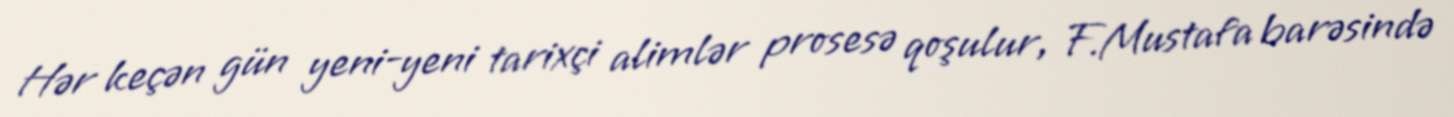
Hər keçən gün yeni-yeni tarixçi alimlər prosesə qoşulur, F.Mustafa barəsində